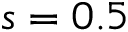
s = 0 . 5